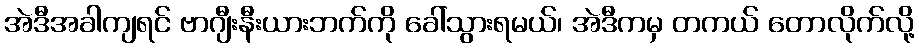
အဲဒီအခါကျရင် ဗာဂျီးနီးယားဘက်ကို ခေါ်သွားရမယ်၊ အဲဒီကမှ တကယ် တောလိုက်လို့